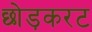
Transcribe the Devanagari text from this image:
छोड़करट